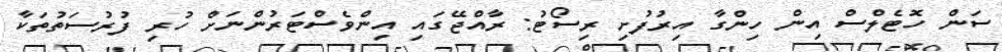
ސަން ހޮޓެލްސް އިން ހިންގާ އިރުފުށި ރިސޯޓު: ރާއްޖޭގައި އިންވެސްޓަރުންނަށް ހުރި ފުރުސަތުތަކާ